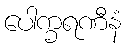
ပေါက္ခရဏီနံ